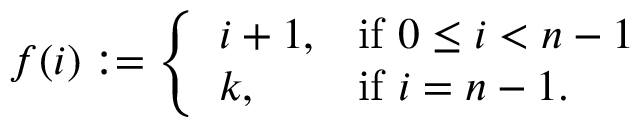
f ( i ) : = { \left\{ \begin{array} { l l } { i + 1 , } & { { \mathrm { i f ~ } } 0 \leq i < n - 1 } \\ { k , } & { { \mathrm { i f ~ } } i = n - 1 . } \end{array} \right. }